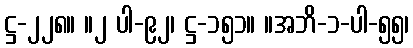
ဋ္ဌ-၂၂၈။ ။၂ ပါ-၉၂၊ ဋ္ဌ-၁၅၁။ ။အဘိ-၁-ပါ-၅၅၊